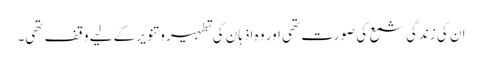
ان کی زندگی شمع کی صورت تھی اور وہ اذہان کی تطہیر و تنویر کے لیے وقف تھی۔